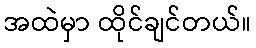
အထဲမှာ ထိုင်ချင်တယ်။